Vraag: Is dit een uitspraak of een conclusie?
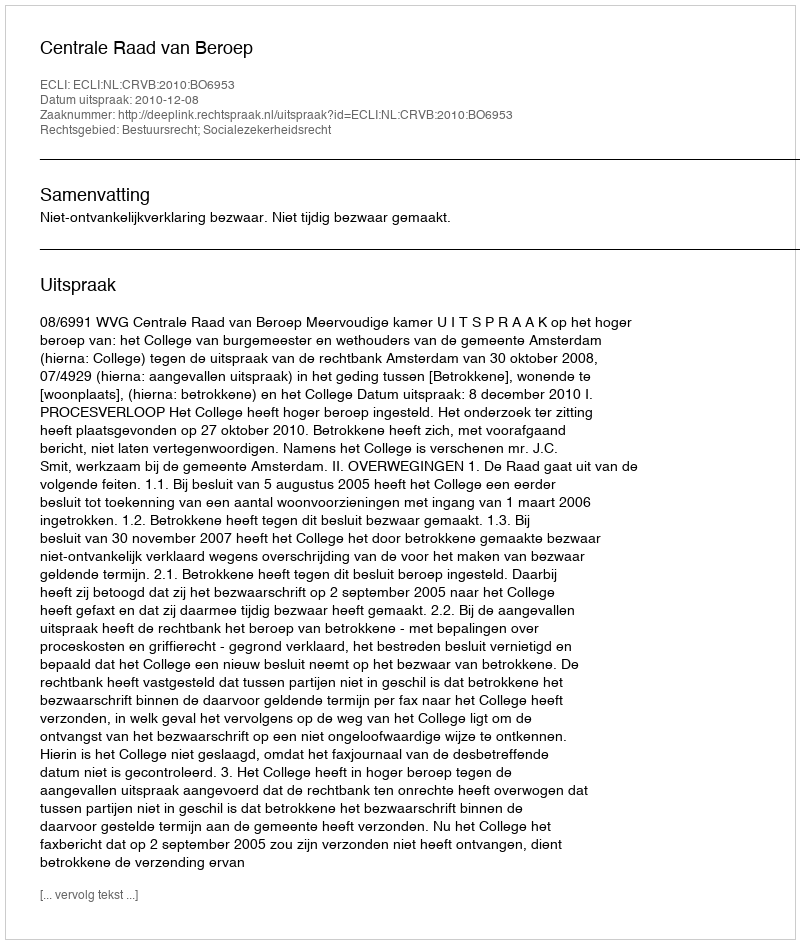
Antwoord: Uitspraak